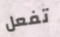
تفعل